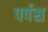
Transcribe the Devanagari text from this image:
पर्पस